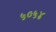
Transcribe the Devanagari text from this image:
५०५४